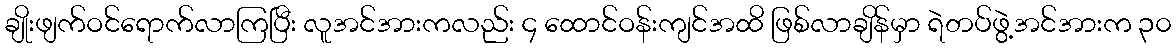
ချိုးဖျက်ဝင်ရောက်လာကြပြီး လူအင်အားကလည်း ၄ ထောင်ဝန်းကျင်အထိ ဖြစ်လာချိန်မှာ ရဲတပ်ဖွဲ့အင်အားက ၃၀